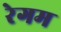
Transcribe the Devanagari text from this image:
रेगम